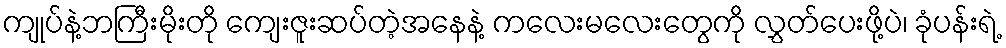
ကျုပ်နဲ့ဘကြီးမိုးတို ကျေးဇူးဆပ်တဲ့အနေနဲ့ ကလေးမလေးတွေကို လွှတ်ပေးဖို့ပဲ၊ ခုံပန်းရဲ့